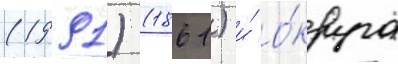
(1991) (1861) и́ о́круга